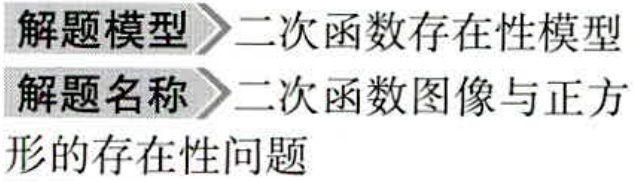
解题模型 \(\rightharpoonup\) 二次函数存在性模型
解题名称 \(\rightharpoonup\) 二次函数图像与正方形的存在性问题